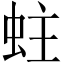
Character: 蛀